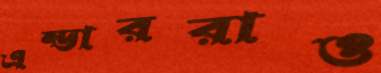
এন্ডাররাও